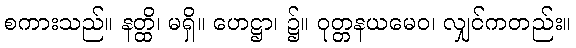
စကားသည်။ နတ္ထိ၊ မရှိ။ ဟေဋ္ဌာ၊ ၌။ ဝုတ္တနယမေဝ၊ လျှင်ကတည်း။